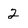
Character: 2